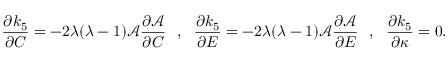
\frac { \partial k _ { 5 } } { \partial C } = - 2 \lambda ( \lambda - 1 ) \mathcal { A } \frac { \partial \mathcal { A } } { \partial C } ~ ~ , ~ ~ \frac { \partial k _ { 5 } } { \partial E } = - 2 \lambda ( \lambda - 1 ) \mathcal { A } \frac { \partial \mathcal { A } } { \partial E } ~ ~ , ~ ~ \frac { \partial k _ { 5 } } { \partial \kappa } = 0 .